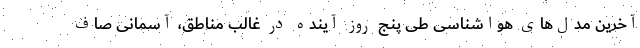
آخرین مدل‌های هواشناسی طی پنج روز آینده در غالب مناطق، آسمانی صاف